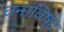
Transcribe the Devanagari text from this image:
धनाविष्ट